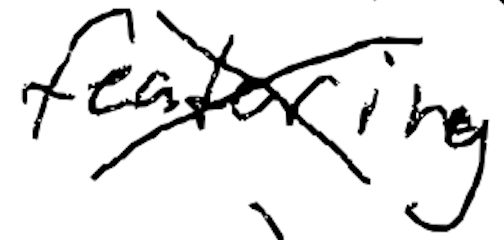
Text: featuring
Cross-out: cross
Writing tool: digital_black